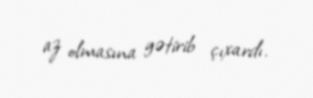
az olmasına gətirib çıxardı.